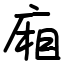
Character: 廂